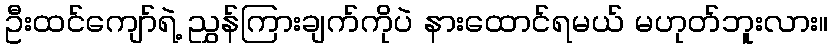
ဦးထင်ကျော်ရဲ့ ညွှန်ကြားချက်ကိုပဲ နားထောင်ရမယ် မဟုတ်ဘူးလား။